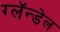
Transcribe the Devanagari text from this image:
ग्लॅन्डेल